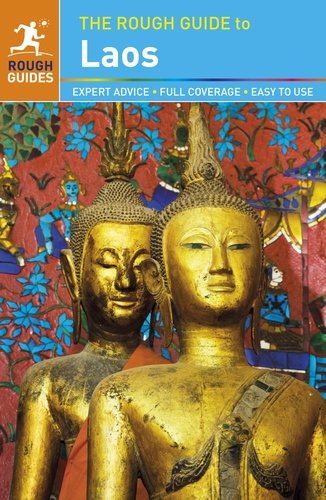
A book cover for The Rough Guide to Laos; Steve Vickers; Travel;